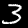
Label: 3